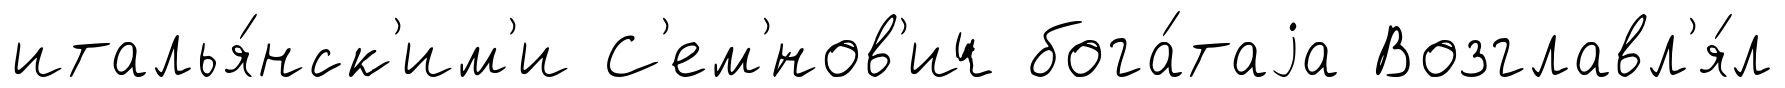
италья́нск'им'и С'ем'́нов'ич бога́таjа Возглавл'я́л